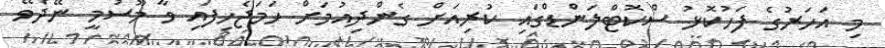
މި އަހަރުގެ ފަހުކޮޅު ސްކޮޓްލަންޑްގައި ކުރިއަށް ގެންދިއުމަށް ހަމަޖެހިފައި ވާ މޫސުމީ ނޭދެވޭ